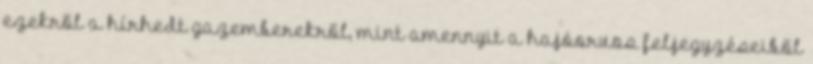
ezekről a hírhedt gazemberekről, mint amennyit a hajóorvos feljegyzéseiből